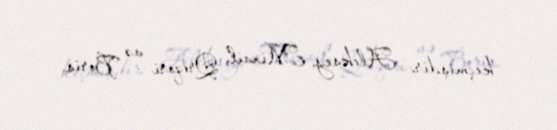
keçmişdir: Aleksey, Mixail, Qriqori və Boris.